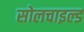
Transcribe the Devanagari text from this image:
सोलचाइल्ड